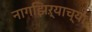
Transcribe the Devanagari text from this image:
नागझिऱ्याच्या